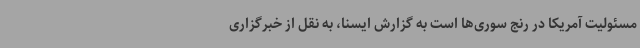
مسئولیت آمریکا در رنج سوری‌ها است به گزارش ایسنا، به نقل از خبرگزاری